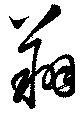
翔